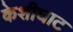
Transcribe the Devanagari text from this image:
केशीघाट